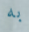
به